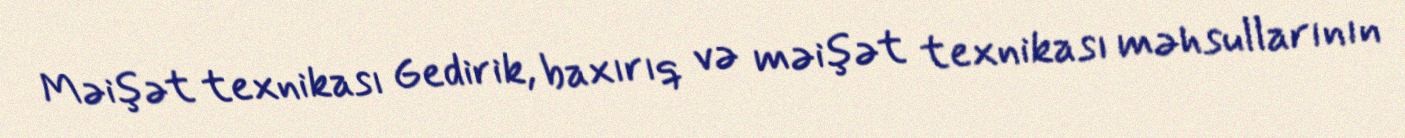
Məişət texnikası Gedirik, baxırıq və məişət texnikası məhsullarının